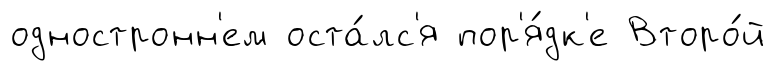
одностронн'ем оста́лс'я пор'я́дк'е Второ́й